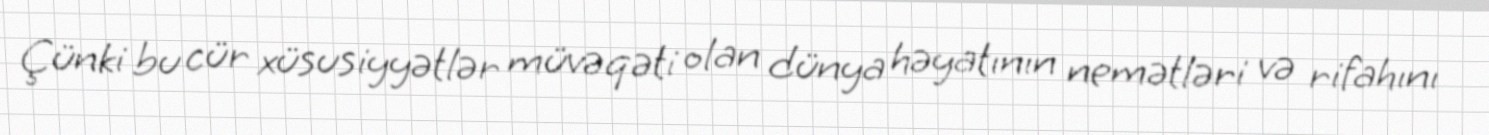
Çünki bu cür xüsusiyyətlər müvəqəti olan dünya həyatının nemətləri və rifahını